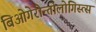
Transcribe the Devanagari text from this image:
बिओगेरोन्तोलोगिस्त्स